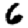
Digit: 6